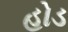
હોડ